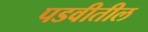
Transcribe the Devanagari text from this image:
पडवीतील